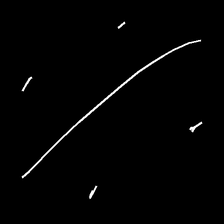
Glyph: cool